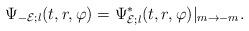
LaTeX: \begin{align*}\Psi_{-{\cal E};l}(t,r,\varphi)=\Psi_{{\cal E};l}^*(t,r,\varphi)|_{m\rightarrow -m}.\end{align*}